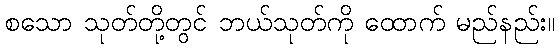
စသော သုတ်တို့တွင် ဘယ်သုတ်ကို ထောက် မည်နည်း။